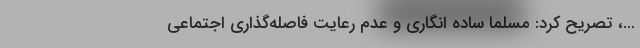
...، تصریح کرد: مسلما ساده انگاری و عدم رعایت فاصله‌گذاری اجتماعی